Report of the King Institute of Preventive Medicine, Guindy
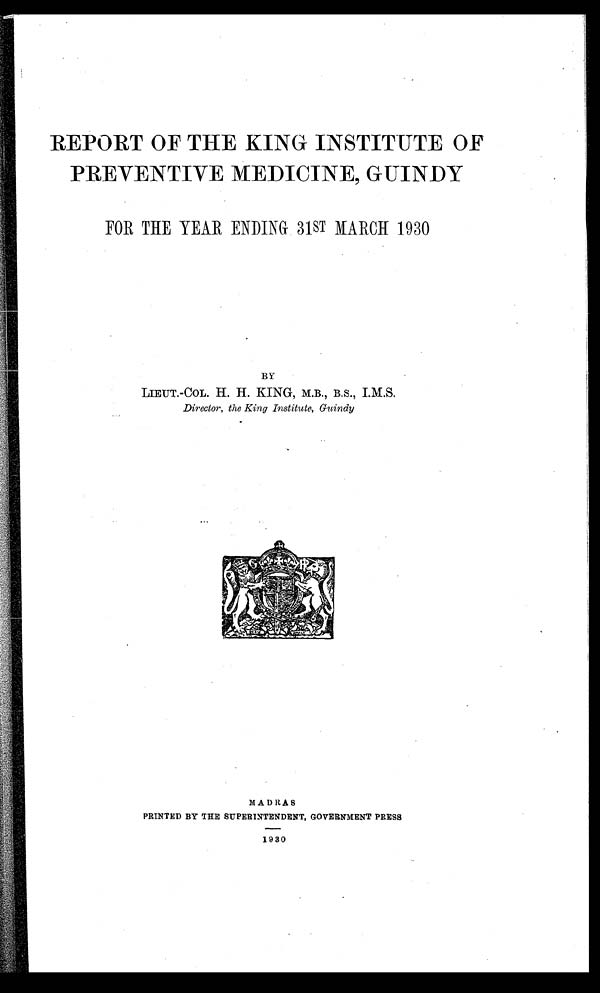
REPORT OF THE KING INSTITUTE OF
PREVENTIVE MEDICINE, GUINDY
FOR THE YEAR ENDING 31ST MARCH 1930
BY
LIEUT.-COL. H. H. KING, M.B., B.S., I.M.S.
Director, the King Institute, Guindy
MADRAS
PRINTED BY THE SUPERINTENDENT, GOVERNMENT PRESS
1930